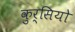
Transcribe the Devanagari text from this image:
कुर्सियो